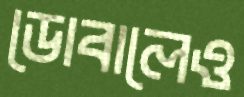
ডোবালেও